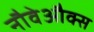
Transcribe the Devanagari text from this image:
नौवेऔक्स